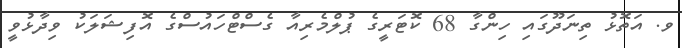
ވ. އަތޮޅު ތިނަދޫގައި ހިންގާ 68 ކޮޓަރީގެ ޕުލްމެރިއާ ގެސްޓްހައުސްގެ އޮފިޝަލަކު ވިދާޅުވީ